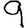
Digit: 9